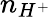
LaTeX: n_{H^{+}}